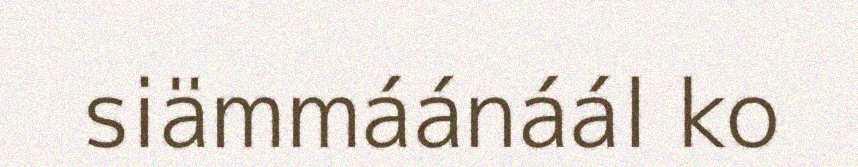
siämmáánáál ko